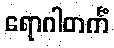
ရောဂါတင်္ကံ